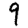
Digit: 9